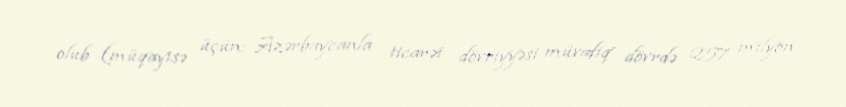
olub (müqayisə üçün: Azərbaycanla ticarət dövriyyəsi müvafiq dövrdə 257 milyon